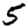
Digit: 5